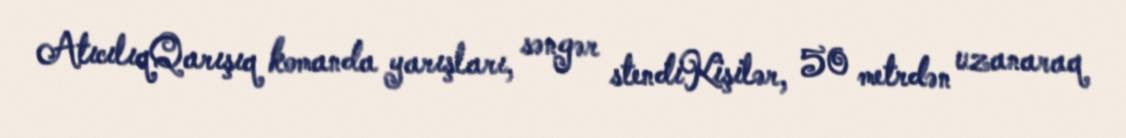
AtıcılıqQarışıq komanda yarışları, səngər stendiKişilər, 50 metrdən uzanaraq